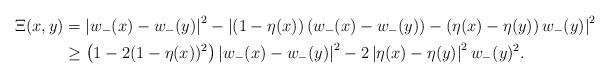
LaTeX: \begin{align*}\Xi(x, y)& = \left| w_-(x) - w_-(y) \right|^2 - \left| (1 - \eta(x)) \left( w_-(x) - w_-(y) \right) - \left( \eta(x) - \eta(y) \right) w_-(y) \right|^2 \\& \ge \left( 1 - 2 (1 - \eta(x))^2 \right) \left| w_-(x) - w_-(y) \right|^2 - 2 \left| \eta(x) - \eta(y) \right|^2 w_-(y)^2.\end{align*}